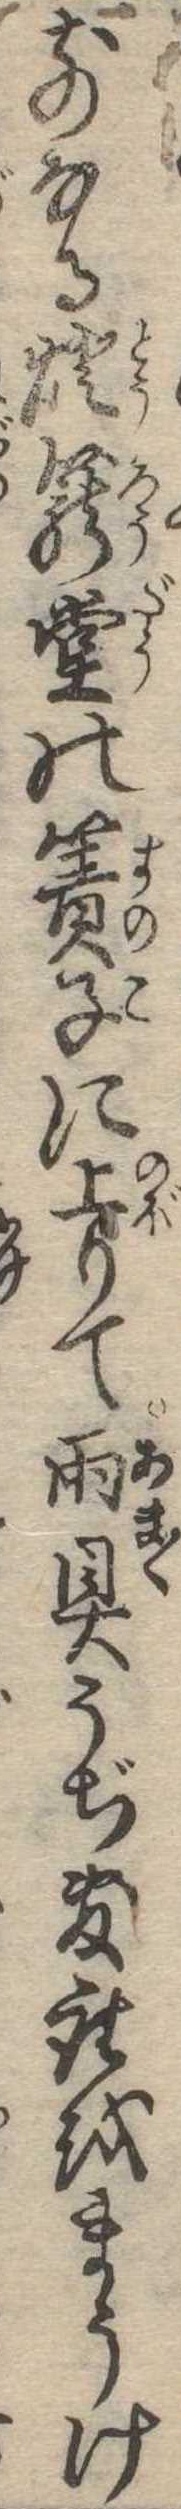
前なる灯篭堂の簀子に上りて雨具うぢ敷座をまうけ